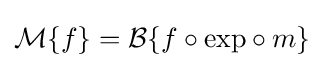
{\mathcal {M}}\{f\}={\mathcal {B}}\{f\circ {\exp }\circ m\}